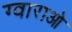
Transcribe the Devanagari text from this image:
ग्वाराओ